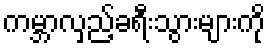
ကမ္ဘာလှည့်ခရီးသွားများကို